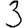
Digit: 3